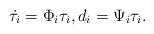
LaTeX: \begin{align*} \dot{\tau_i}=\Phi_i\tau_i,d_i=\Psi_i \tau_i.\end{align*}